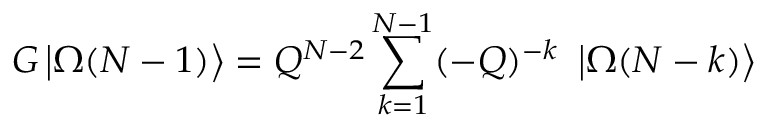
G \left| \Omega ( N - 1 ) \right\rangle = Q ^ { N - 2 } \sum _ { k = 1 } ^ { N - 1 } ( - Q ) ^ { - k } \ \left| \Omega ( N - k ) \right\rangle